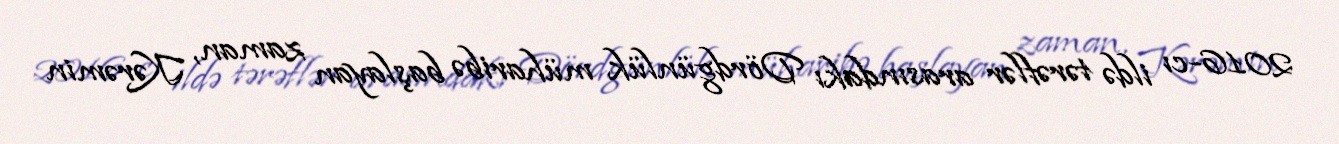
2016-cı ildə tərəflər arasındakı Dördgünlük müharibə başlayan zaman, Kərəmin